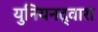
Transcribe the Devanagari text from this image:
युनियनद्वारा